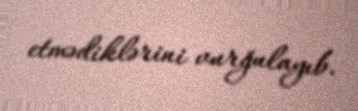
etmədiklərini vurğulayıb.